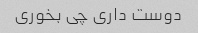
دوست داری چی بخوری